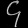
Digit: ၄